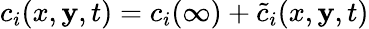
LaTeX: c_{i}(x,\mathbf{y},t)=c_{i}(\infty)+\tilde{c}_{i}(x,\mathbf{y},t)